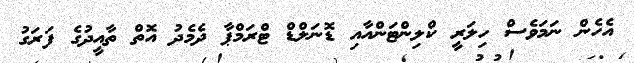
އެހެން ނަމަވެސް ހިލަރީ ކްލިންޓަންއާއި ޑޮނަލްޑް ޓްރަމްޕާ ދެމެދު އޮތް ތާއީދުގެ ފަރަގު